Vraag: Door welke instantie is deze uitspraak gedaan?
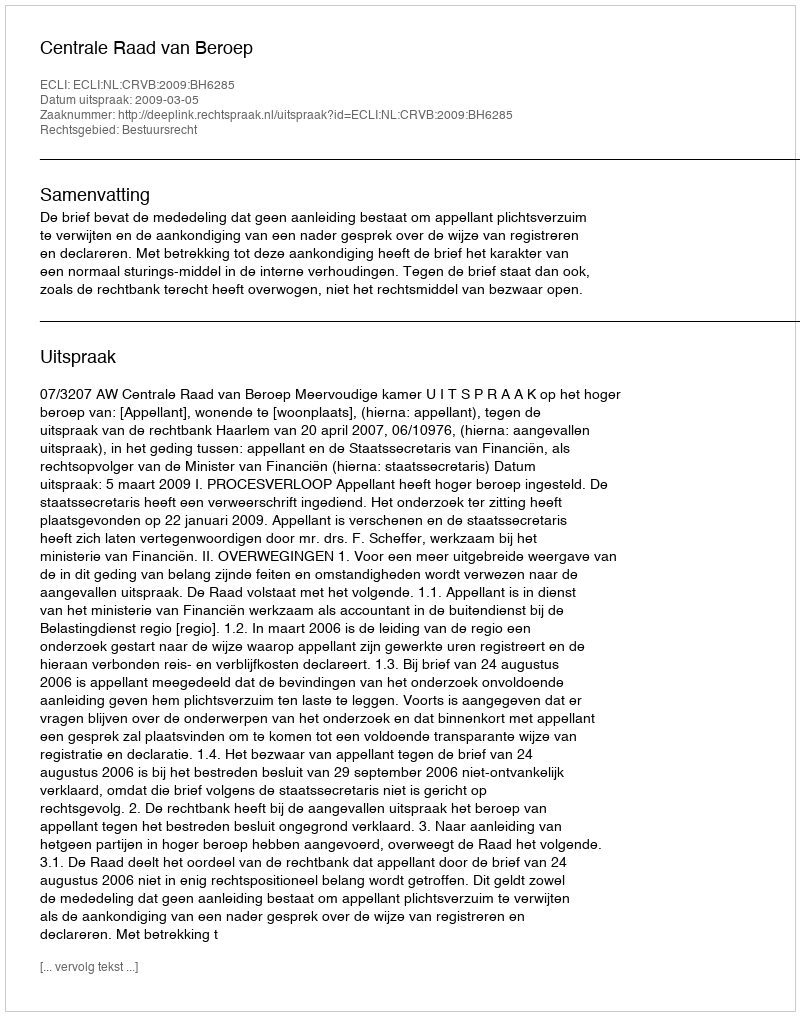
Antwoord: Centrale Raad van Beroep